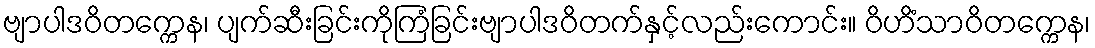
ဗျာပါဒဝိတက္ကေန၊ ပျက်ဆီးခြင်းကိုကြံခြင်းဗျာပါဒဝိတက်နှင့်လည်းကောင်း။ ဝိဟိံသာဝိတက္ကေန၊